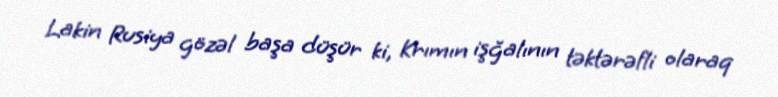
Lakin Rusiya gözəl başa düşür ki, Krımın işğalının təktərəfli olaraq